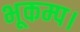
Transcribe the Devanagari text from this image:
भूकम्प।